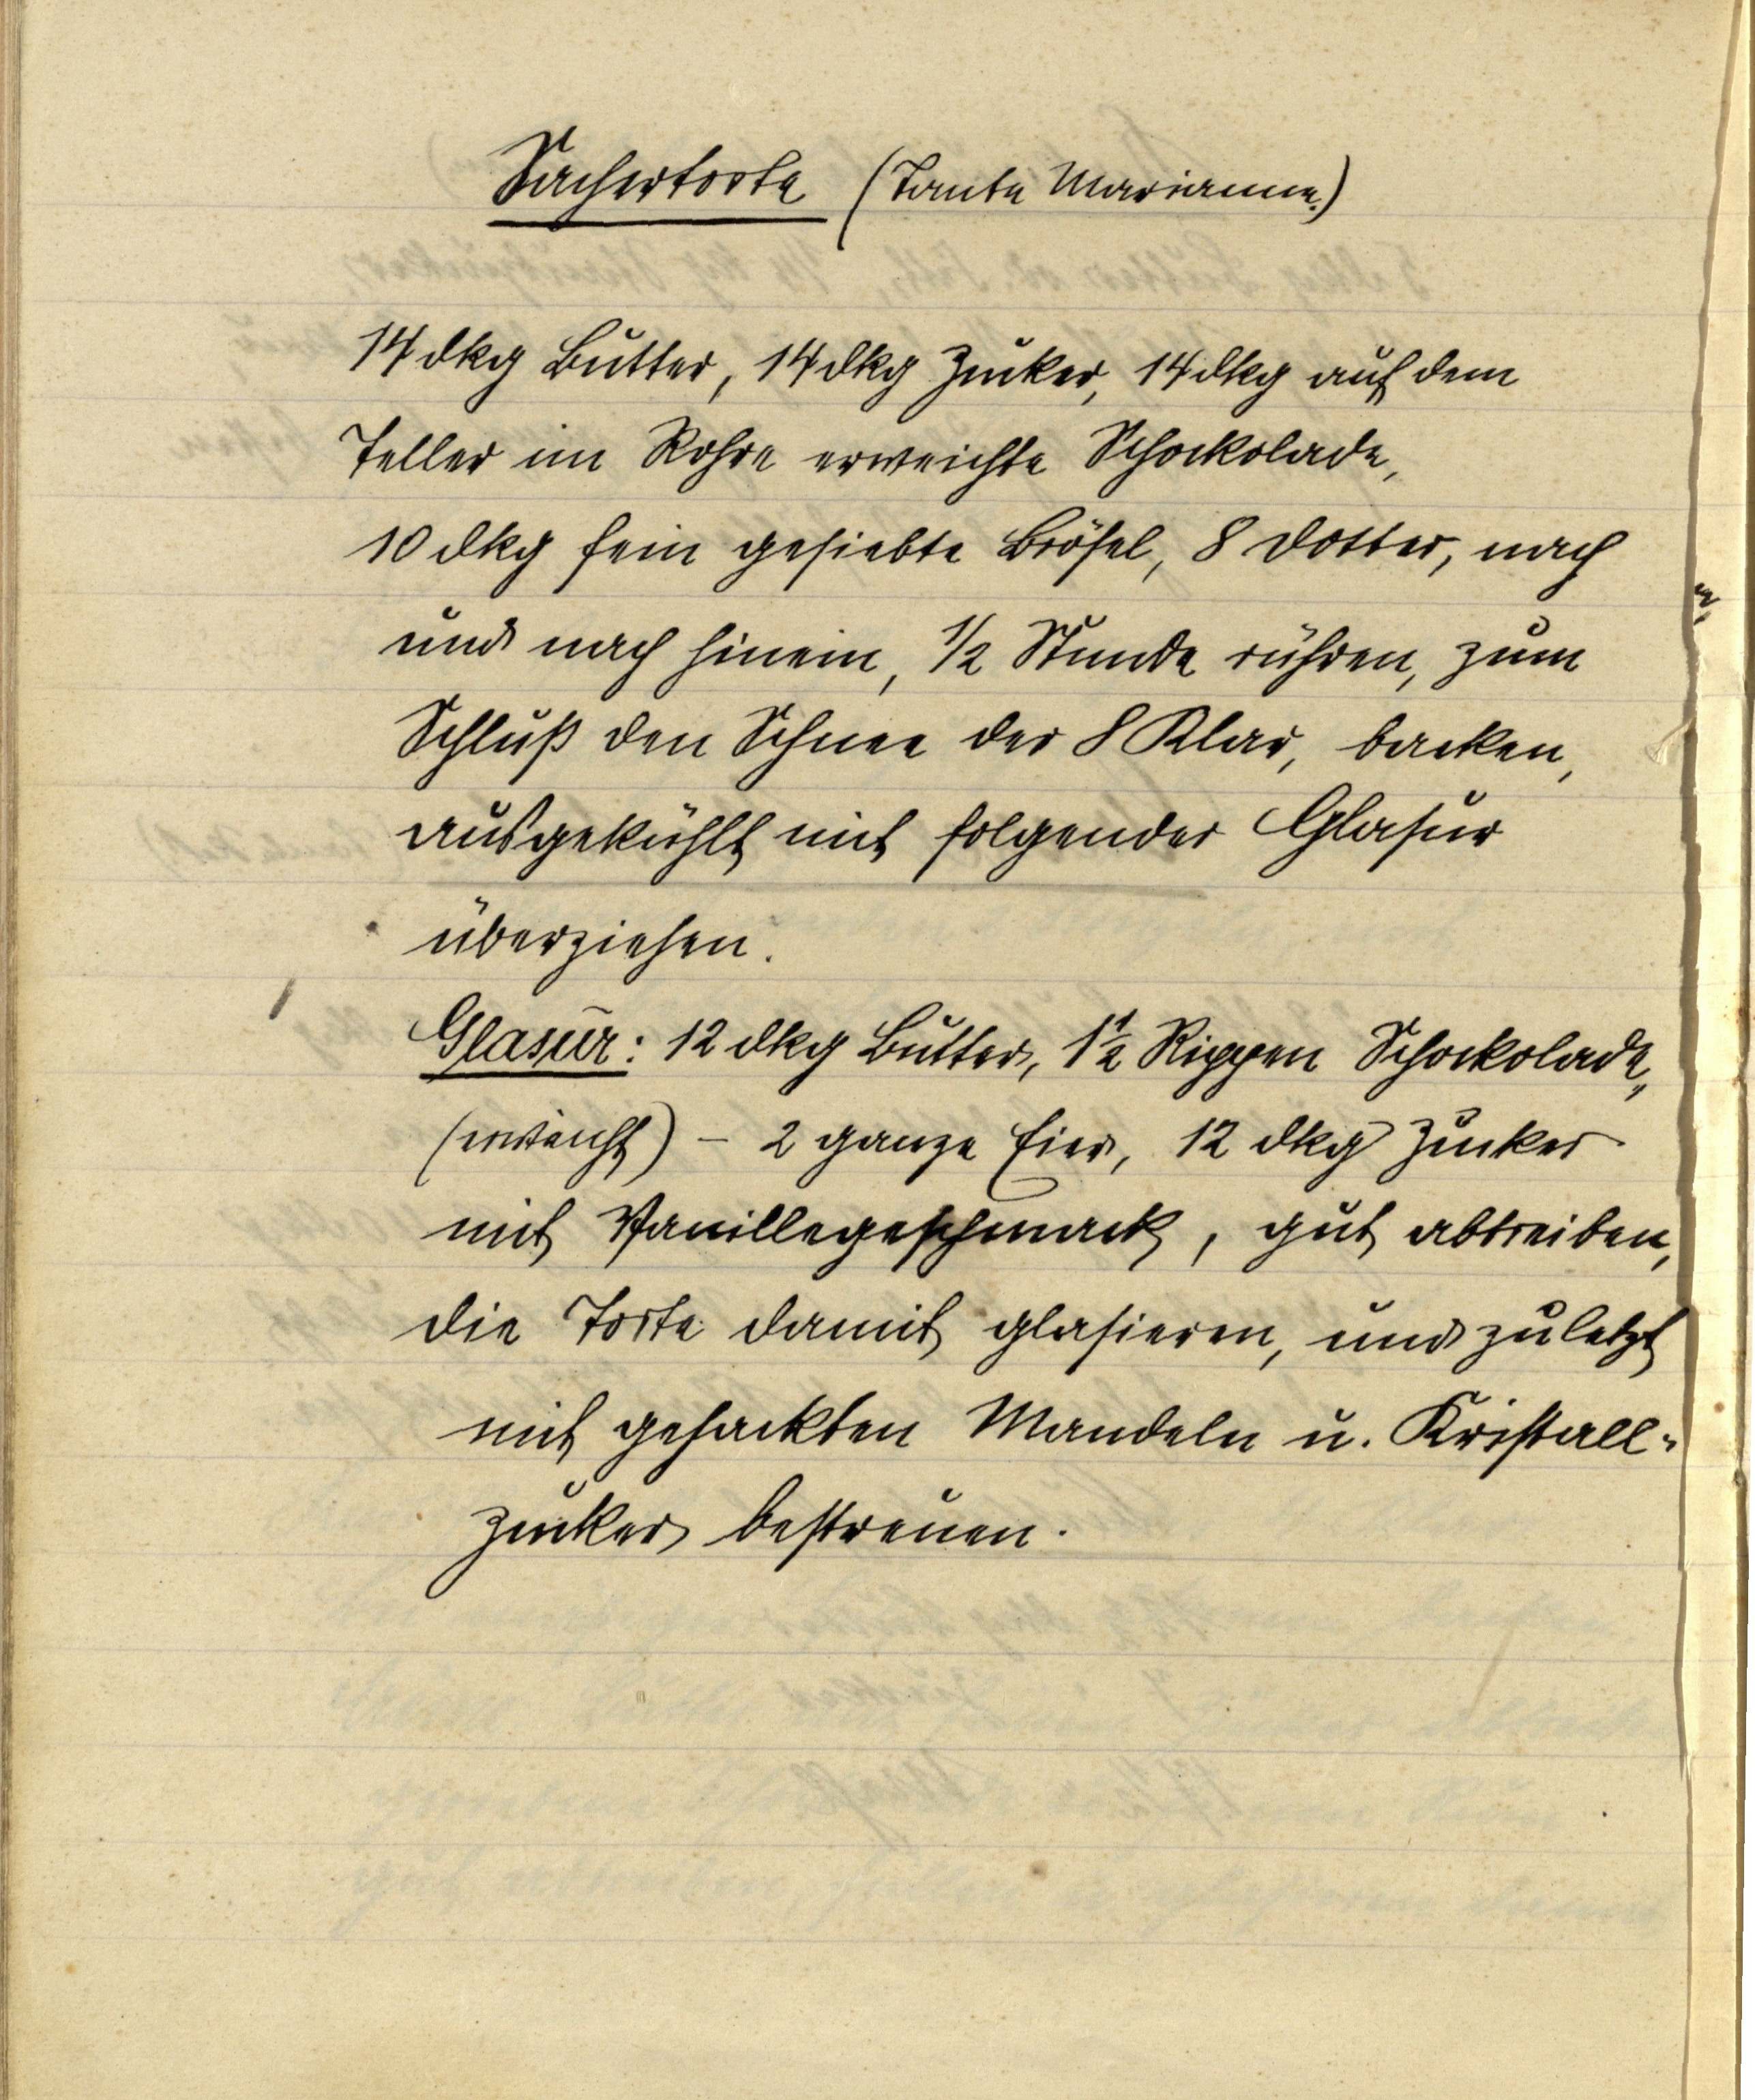
Sachertorte (Tante Marianne.)

14 dkg Butter, 14 dkg Zucker, 14 dkg auf dem
Teller im Rohre erweichte Schockolade,
10 dkg fein gesiebte Brösel, 8 Dotter, nach
und nach hinein, ½ Stunde rühren, zum
Schluß den Schnee der 8 Klar, backen,
ausgekühlt mit folgender Glasur
überziehen.

Glasur: 12 dkg Butter, 1 ½ Rippen Schockolade
(erweicht) — 2 ganze Eier, 12 dkg Zucker
mit Vanillegeschmack, gut abtreiben,
die Torte damit glasieren, und zuletzt
mit gehackten Mandeln u. Kristall¬
zucker bestreuen.